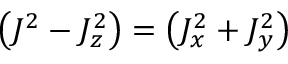
\left( J ^ { 2 } - J _ { z } ^ { 2 } \right) = \left( J _ { x } ^ { 2 } + J _ { y } ^ { 2 } \right)